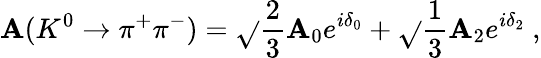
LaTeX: \mathbf{A}(K^{0}\rightarrow\pi^{+}\pi^{-})=\sqrt{}{{\frac{{2}}{{3}}}}\mathbf{A}_{0}e^{i\delta_{0}}+\sqrt{}{{\frac{{1}}{{3}}}}\mathbf{A}_{2}e^{i\delta_{2}}~,